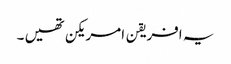
یہ افریقن امریکن تھیں ۔